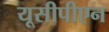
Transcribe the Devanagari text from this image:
यूसीपीएन